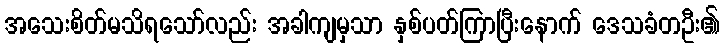
အသေးစိတ်မသိရသော်လည်း အခါကျမှသာ နှစ်ပတ်ကြာပြီးနောက် ဒေသခံတဦး၏